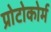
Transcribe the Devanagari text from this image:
प्रोटोकोर्म